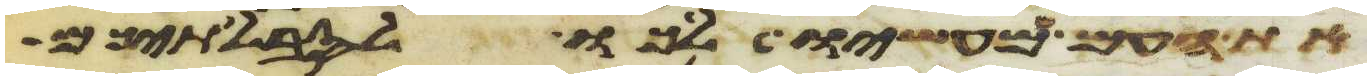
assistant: את העם ממעשיו לכו לסבלתיכם